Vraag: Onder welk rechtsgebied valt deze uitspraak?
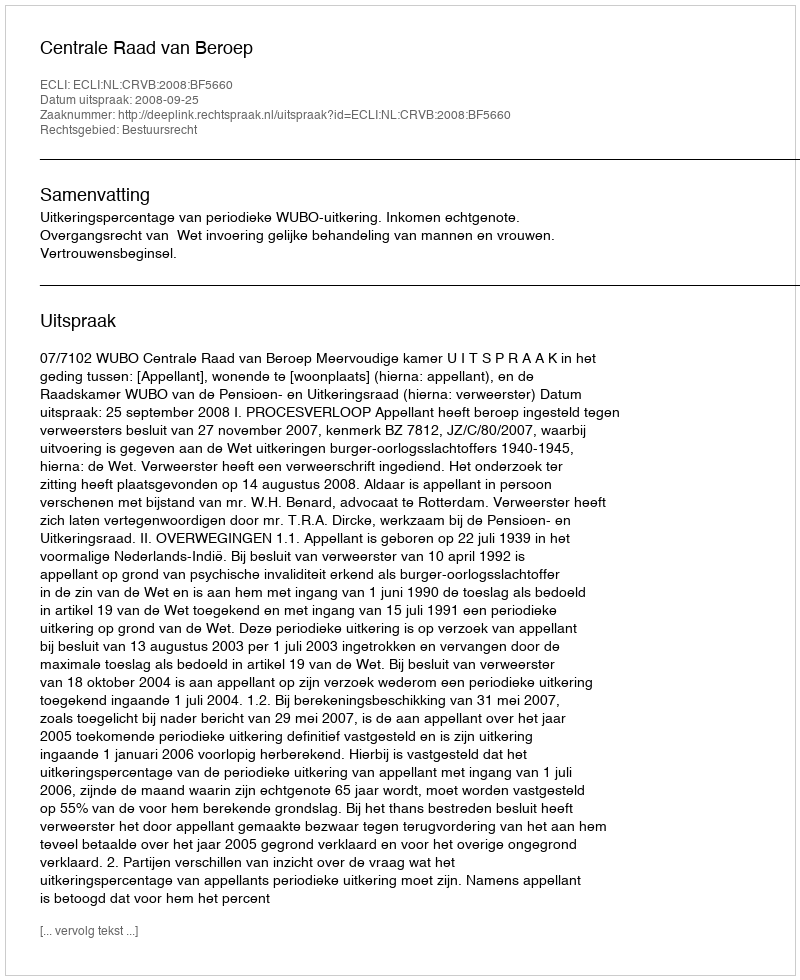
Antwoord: Bestuursrecht